Leaving Certificate Examination, 1914
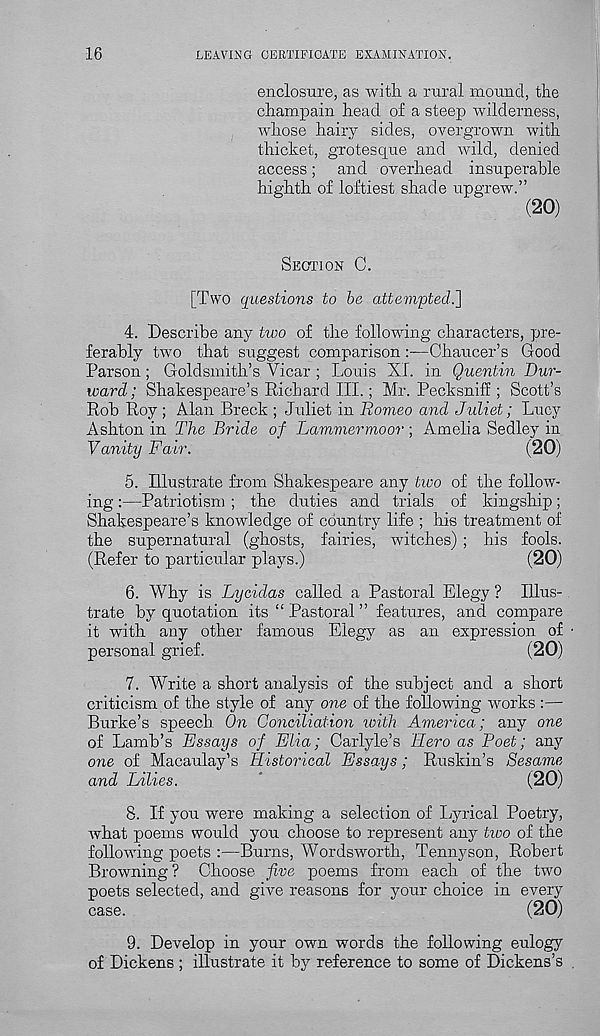
16
LEAVING CERTIFICATE EXAMINATION.
enclosure, as with a rural mound, the
champain head of a steep wilderness,
whose hairy sides, overgrown with
thicket, grotesque and wild, denied
access; and overhead insuperable
highth of loftiest shade upgrew.”
(20)
SECTION C.
[Two questions to be attempted.]
4. Describe any two of the following characters, pre-
ferably two that suggest comparison:—Chaucer’s Good
Parson; Goldsmith’s Vicar ; Louis XI. in Quentin Dur-
ward; Shakespeare’s Richard III.; Mr. Pecksniff; Scott’s
Rob Roy ; Alan Breck ; Juliet in Romeo and Juliet; Lucy
Ashton in The Bride of Lammermoor ; Amelia Sedley in
Vanity Fair.
(20)
5. Illustrate from Shakespeare any two of the follow-
ing :—Patriotism ; the duties and trials of kingship;
Shakespeare’s knowledge of country life ; his treatment of
the supernatural (ghosts, fairies, witches) ; his fools.
(Refer to particular plays.)
(20)
6. Why is Lycidas called a Pastoral Elegy ? Illus-
trate by quotation its “ Pastoral ” features, and compare
it with any other famous Elegy as an expression of
personal grief.
(20)
7. Write a short analysis of the subject and a short
criticism of the style of any one of the following works :—
Burke’s speech. On Conciliation with America; any one
of Lamb’s Essays of Elia; Carlyle’s Hero as Poet; any
one of Macaulay’s Historical Essays; Ruskin’s Sesame
and Lilies.
(20)
8. If you were making a selection of Lyrical Poetry,
what poems would you choose to represent any tioo of the
following poets :—Burns, Wordsworth, Tennyson, Robert
Browning? Choose five poems from each of the two
poets selected, and give reasons for your choice in every
case.
(20)
9. Develop in your own words the following eulogy
of Dickens ; illustrate it by reference to some of Dickens’s